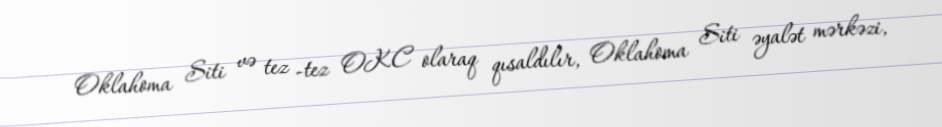
Oklahoma Siti və tez -tez OKC olaraq qısaldılır, Oklahoma Siti əyalət mərkəzi,